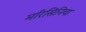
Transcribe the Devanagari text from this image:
मरिसिनिया